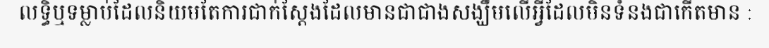
លទ្ធិឬទម្លាប់ដែលនិយមតែការជាក់ស្តែងដែលមានជាជាងសង្ឃឹមលើអ្វីដែលមិនទំនងជាកើតមាន :